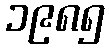
၁၉၈၅